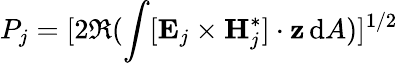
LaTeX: P_{j}=[2\Re(\int[\mathbf{E}_{j}\times\mathbf{H}_{j}^{*}]\cdot\mathbf{z}\, \mathrm{d}A)]^{1/2}